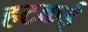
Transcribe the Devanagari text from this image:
हटकई